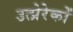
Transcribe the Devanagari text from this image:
उत्प्रेरेकों